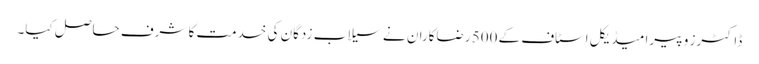
ڈاکٹرز و پیرا میڈیکل اسٹاف کے 500 رضاکاران نے سیلاب زدگان کی خدمت کا شرف حاصل کیا۔